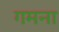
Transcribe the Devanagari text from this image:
गमना